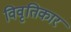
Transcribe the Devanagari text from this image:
विवृतिकार